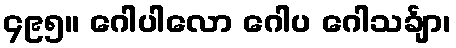
၄၉၅။ ဂေါပါလော ဂေါပ ဂေါသင်္ချာ၊